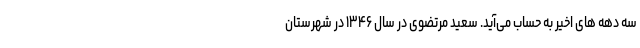
سه دهه های اخیر به حساب می‌آید. سعید مرتضوی در سال ۱۳۴۶ در شهرستان